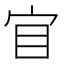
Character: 𡧟